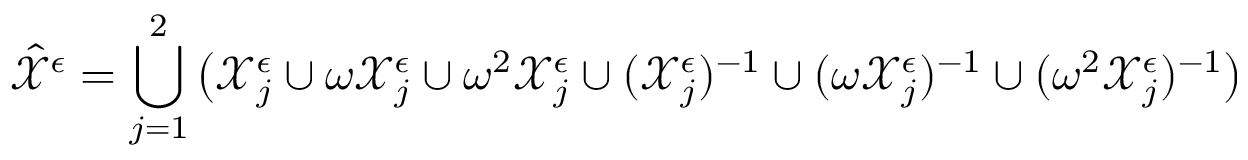
\hat { \mathcal { X } } ^ { \epsilon } = \bigcup _ { j = 1 } ^ { 2 } \big ( \mathcal { X } _ { j } ^ { \epsilon } \cup \omega \mathcal { X } _ { j } ^ { \epsilon } \cup \omega ^ { 2 } \mathcal { X } _ { j } ^ { \epsilon } \cup ( \mathcal { X } _ { j } ^ { \epsilon } ) ^ { - 1 } \cup ( \omega \mathcal { X } _ { j } ^ { \epsilon } ) ^ { - 1 } \cup ( \omega ^ { 2 } \mathcal { X } _ { j } ^ { \epsilon } ) ^ { - 1 } \big )